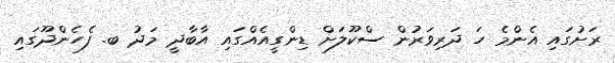
ރަށުގައި އެންމެ ހަ ދަރިވަރުން ސްކޫލަށް ޑިންގީއެއްގައި އާބާދީ މަދު ބ. ފެހެންދޫގައި